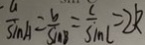
\frac { a } { \sin A } = \frac { b } { \sin B } = \frac { c } { \sin C } = 2 k